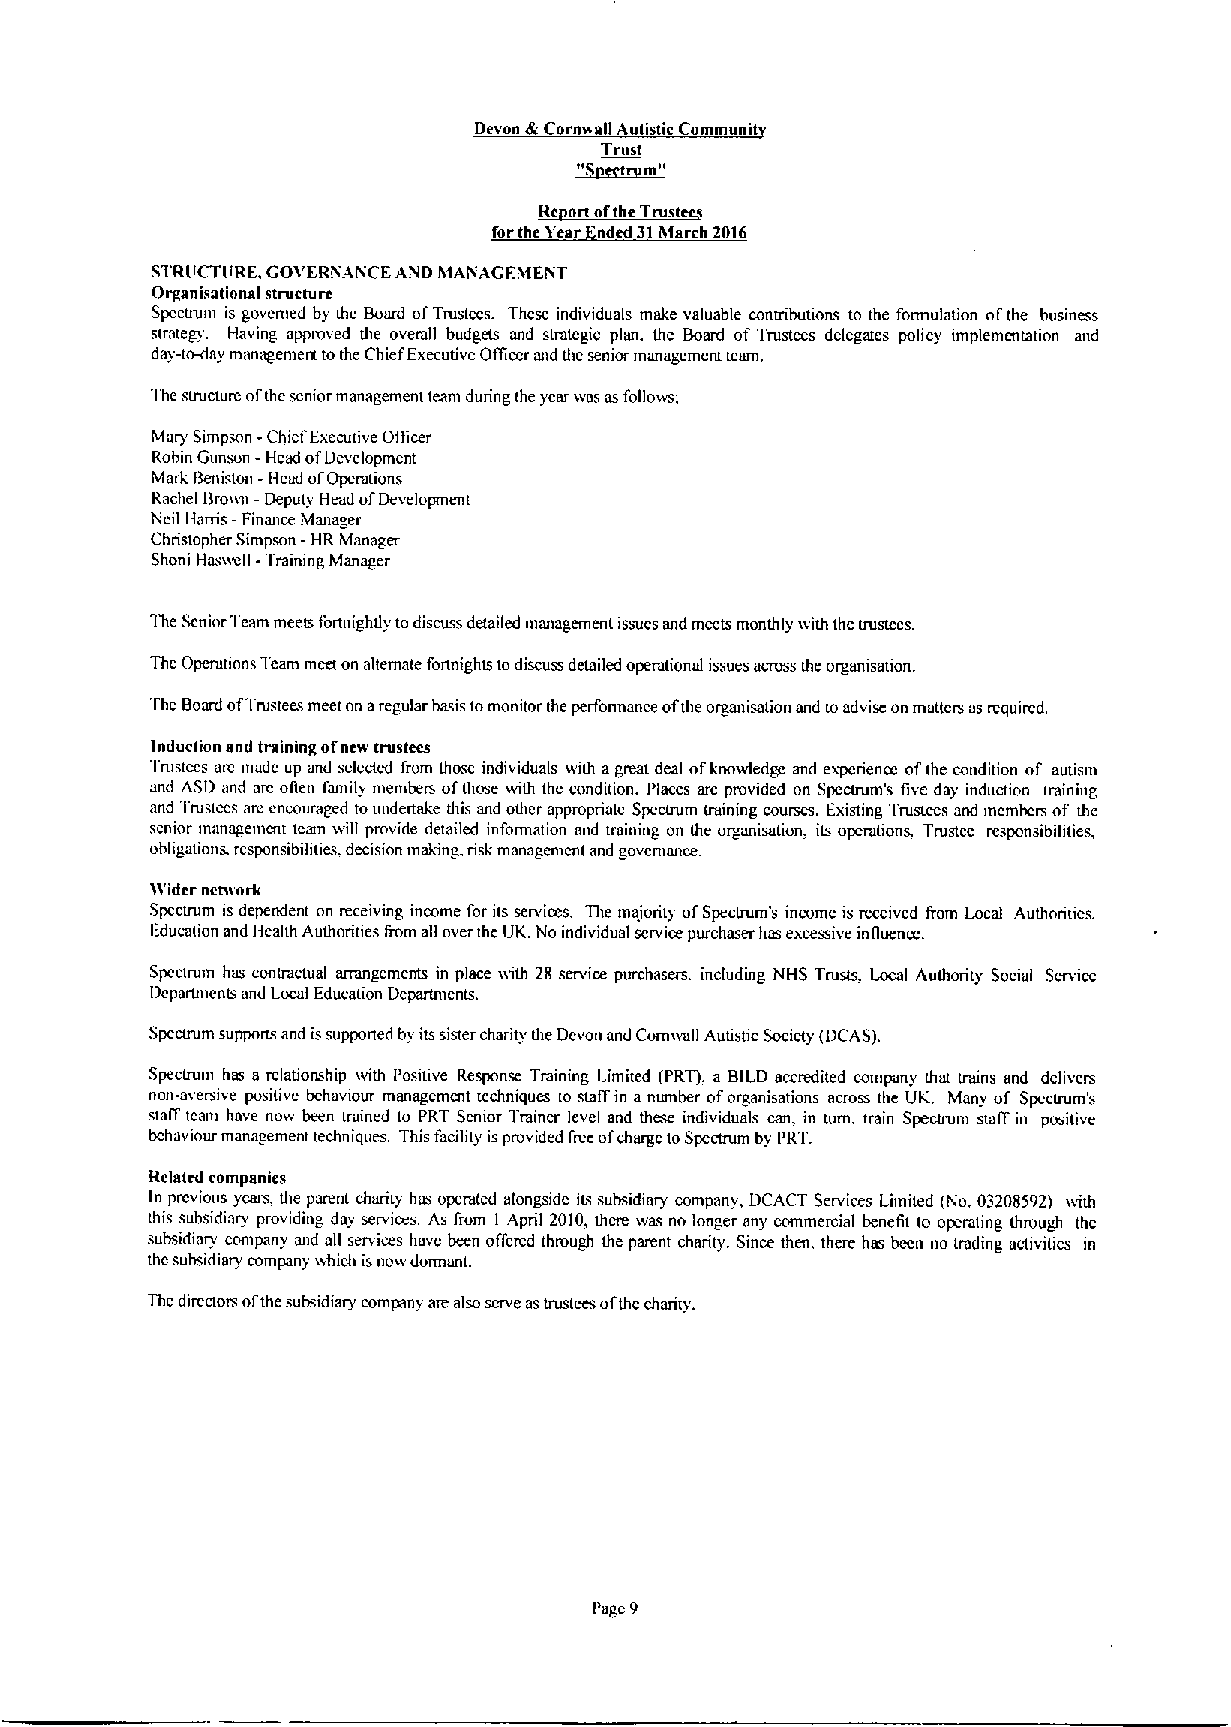
Devon &Corn»afl Autistic Communi
 TIllst
 m"
 forthe Tear 'nded 31March 2016
 STRUCTIIRE, COVERiNANCE AiVD h(ANAGEkdEIVT
 Organisational structure
 Spectrum is govcmed by the Board ofTrustees. These individuals make valuable contributions to the formulation ol'the business
 strategy. Having appmved the overall budgets and strategic plan. the Board of Trustees delegates policy implementation and
 day-trvday managemeta tothe Chief Executive Oflicer and thc senior management teiun.
 'I'he suucturc ofthe senior management team during the year was asfoflo»s:
 Mary Simpson -Chief Exetxnive Oflicer
 Robin Gunson -Head ofDevelopment
 Marl; Beniston -Head ofOperaiions
 Rachel Bro»n -Deputy Head ofDevelopment
 Neil Hams -Finance Manager
 Christopher Simpson -HR Manager
 Shoni Hasivefl -Trainmg Manager
 The Senior Team meets I'ortnightly todiscu~s detailed management issues and meets monthly ivith the uustccs.
 The Opcrutions Team meet on alternate fortnights todiscuss detailed operational issues across the organisauon.
 'I'he Board ofTrustees meet on aregular basis tomonitor the perfonnance ofthe organisation and toadvise on matters as required.
 Induction and training ofnew trustees
 'I'rustccs arc made up and scle&ed from Ihose individuals with agreat deal ofknowledge and experienc ofthe condition of auusm
 and ASD and arc oflen I'amil& members ofthose with the rxindition. Places are provided on Spectrum's five day induction training
 and 'I'rustccs an: encouraged toundertake this and other appropriate Spcctmm uaining course». Existing Trustccs and mcmbcrs of thc
 senior managemmt teat»»ifl provide detailed information and training on the organisation, its operations. Trustee responsibihties,
 obligations. rcsponsibilitius. decision making. risk managemcnl and govcmance
 Wider net»ork
 Spectrum is dependent on receivmg income for its services. The majority ofSpectrum's income is recewed from Local Authontics.
 I-:ducation and Health Authorities flom all over thc UIC No individual service purchaser has excessive influence.
 Spectrum has conuuctual arrangemcnts in place»(th 28 service purchasers. including NHS Trusts. Local Authority Social Service
 Dcpartmcnts and Local Education Departments.
 Spectrum supports and issupponed by its sister charity the Devon and Comivafl Auustic Society (DCAS).
 Spectrum has a relationship with Positive Response Training Limited (PRT). a BILD accredited company that trains and delivers
 non-aversive positive behaviour management techniques to sialTin a number oforganisations across the UK. Many of Spccuum's
 stalT team have now been trained to PRT Semor Trainix level and these individuals can, in turn, train Spectrum stolf in positive
 bchnviour management techniques. This facihty isprovided free ofcharge toSpetxmm by PRT.
 Related companies
 In previous years, the parent charity has operated alongside its subsidiary company, DCACT Services Limited (No, 03208592) with
 this subsidiary providing day services. As from I April 2010,there was no longer any commercial benefit to operating through the
 subsidiai& company and all services have been olfered thmugh the parent charity. Since then, there has been no trading activities in
 thc subsidiary company which isnovv dormant.
 The directors ofthe subsidiary company are also serve astrustees ofthe charity.
 Pugc 9